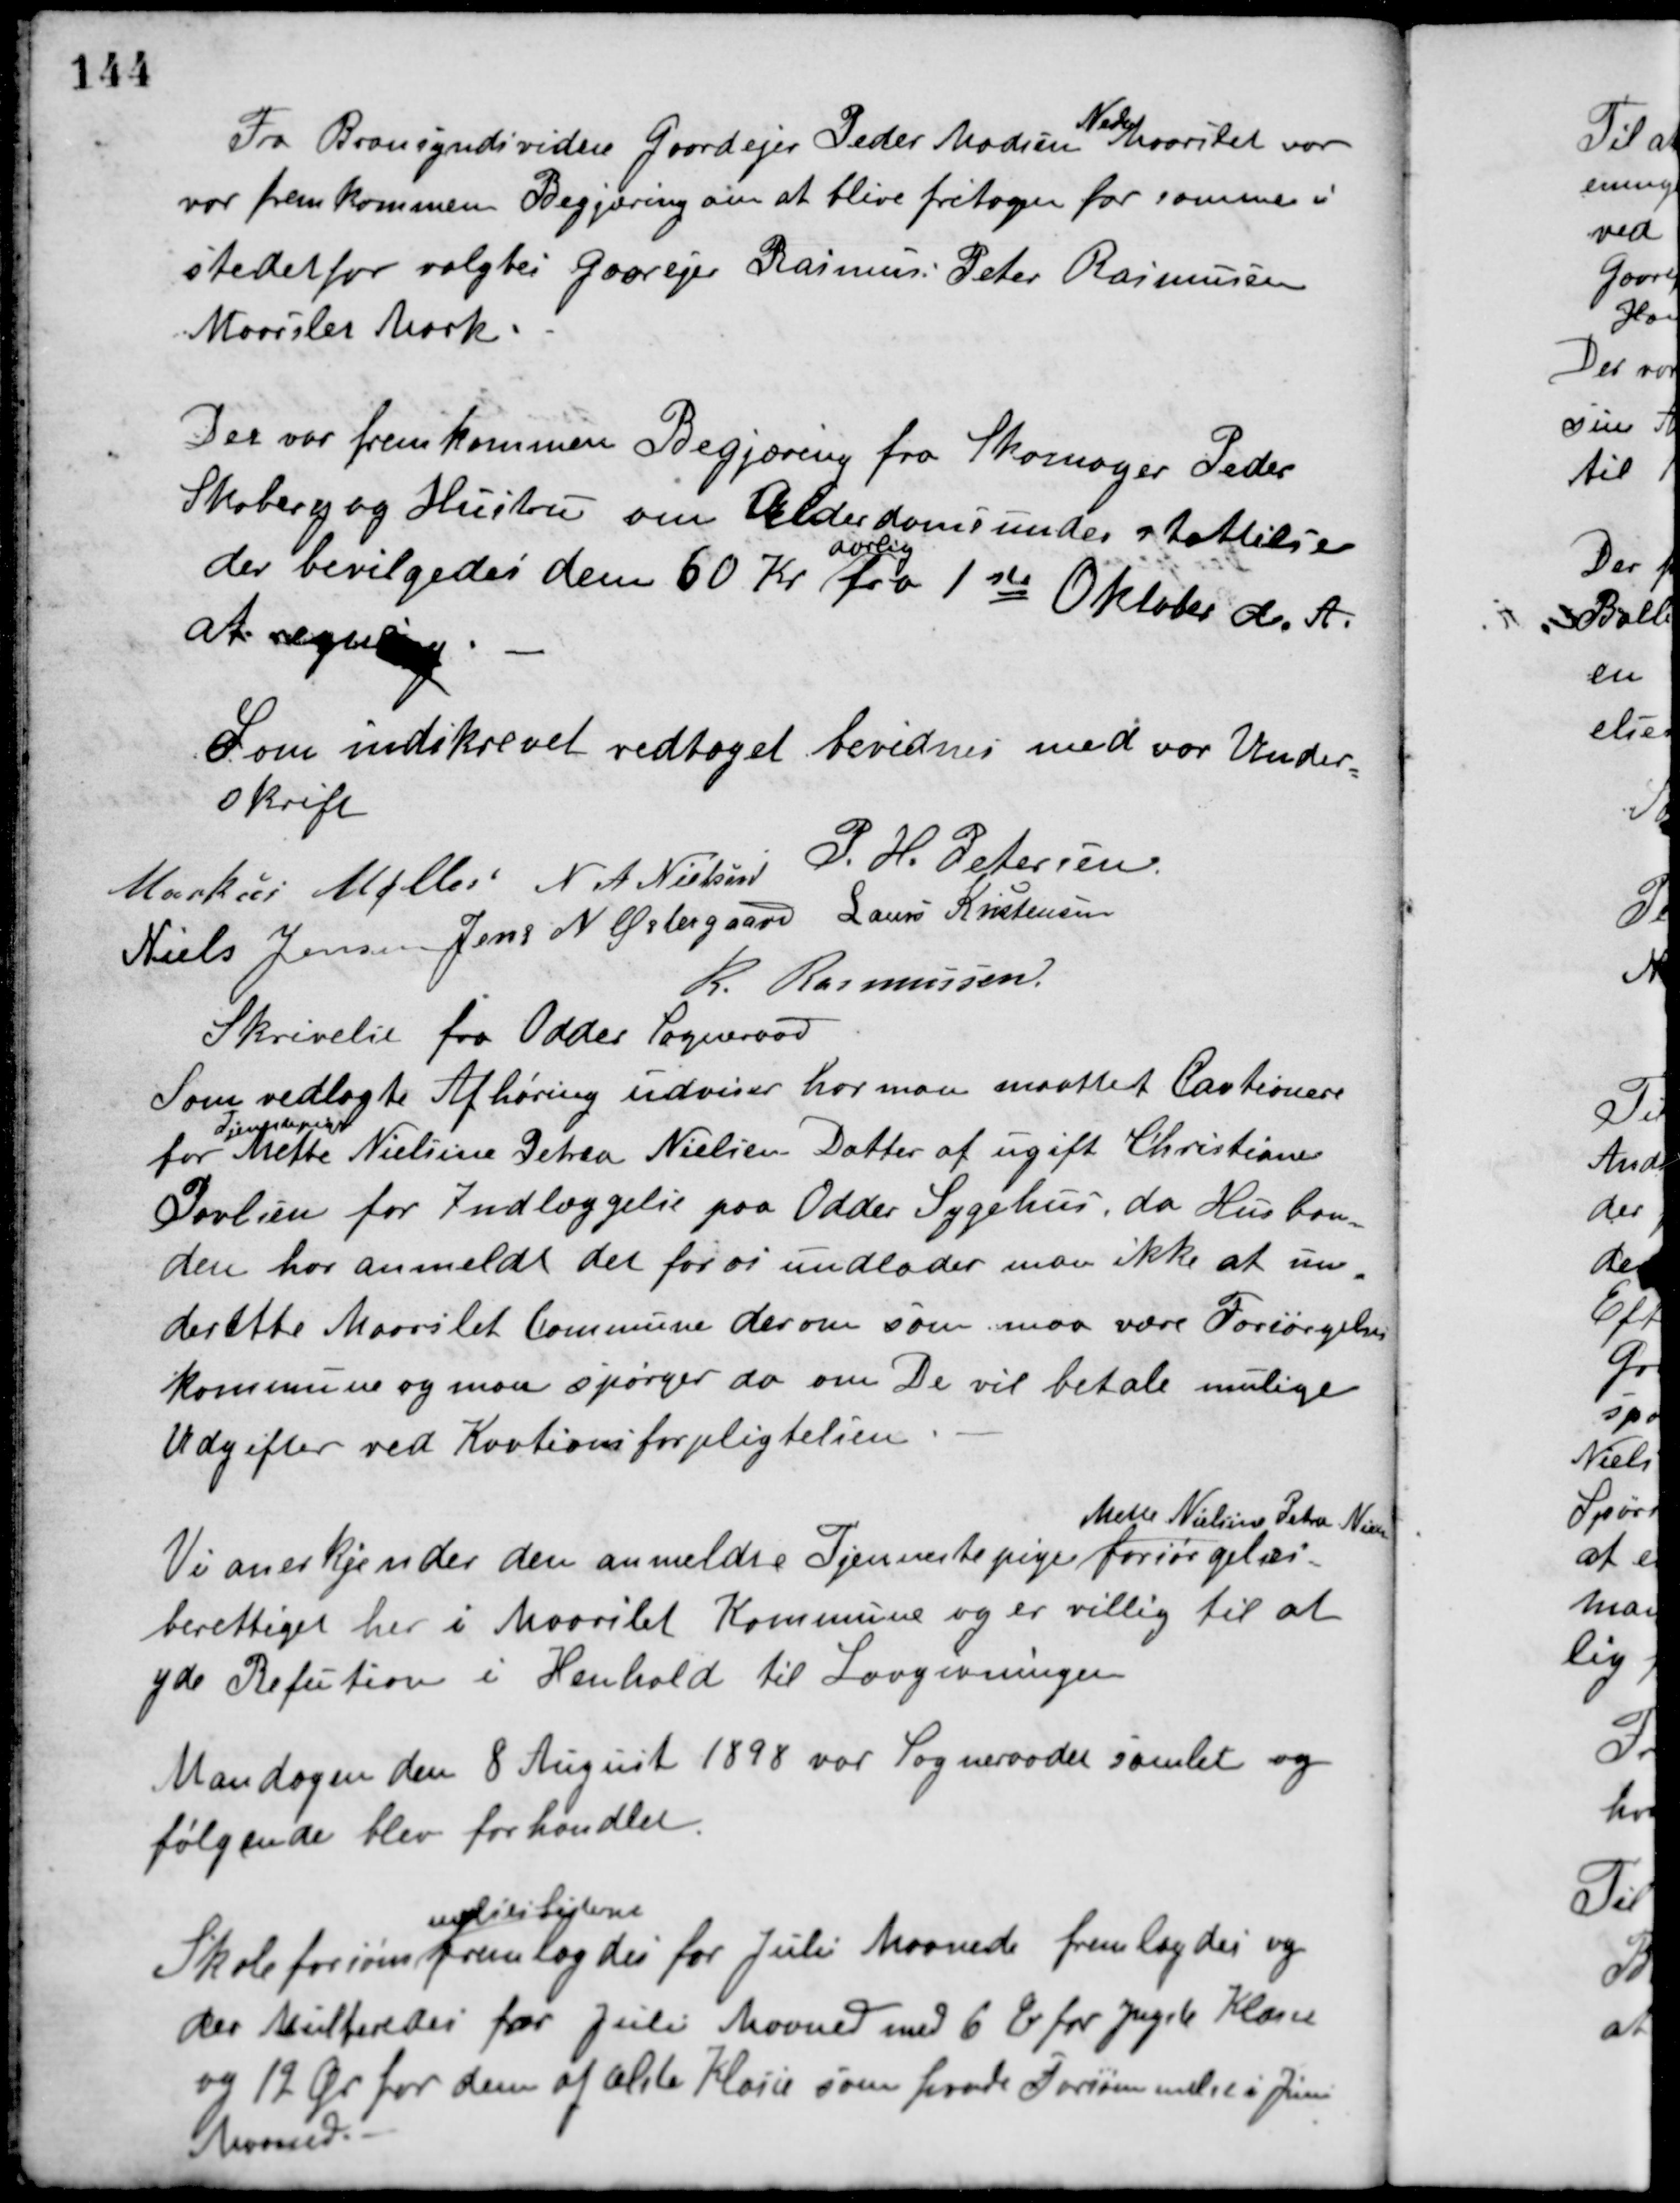
Transskription:
Fra Bransyndsvidne Gaardejer Peder Madsen
Neder
Maarslet var
var fremkommen Begjæring om at blive fritagen for samme i
stedetfor valgtes Gaarejer Rasmus Peter Rasmussen
Maarslet Mark.
Der var fremkommen Begjæring fra Skomager Peder
Skoberg og Hustru om Alderdomsunderstøttelse
der bevilgedes den 60 Kr.
aarlig
fra 1ste Oktober d. A.
at regne.
Som indskrevet vedtaget bevidnes med vor Under-
skrift
Markus Møller N. A. Nielsen P. H. Petersen
Niels Jensen Jens N. Østergaard Laurs Kristensen
R. Rasmussen
Skrivelse fra Odder Sogneraad
Som vedlagte Afhøring udviser har man maattet Kautionere
for
Tjenestepige
Mette Nielsine Petrea Nielsens Datter af ugift Christiane
Povlsen for Indlæggelse paa Odder Sygehus, da Husbon-
den har anmeldt det for os undlader man ikke at un-
derette Maarslet Commune derom som maa være Forsørgelses-
kommune og man spørger da om De vil betale mulige
Udgifter ved Kautionsforpligtelsen.
Vi anerkjender den anmeldte Tjenestepige
Mette Nielsine Petra Nielsen
forsørgelses-
berettiget her i Maarslet Kommune og er villig til at
yde Refution i Henhold til Lovgivningen.
Mandagen den 8 August 1898 var Sogneraadet samlet og
følgende blev forhandlet.
Skoleforsøm
melseslisterne
fremlagdes for Juli Maaned fremlagdes og
der Multeredes for Juli Maaned med 6 Øre for yngste Klasse
og 12 Øre for dem af ælste Klasse som havde Forsømmelse i Juni
Maaned.